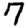
Digit: 7